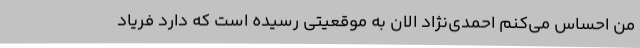
من احساس می‌کنم احمدی‌نژاد الان به موقعیتی رسیده است که دارد فریاد